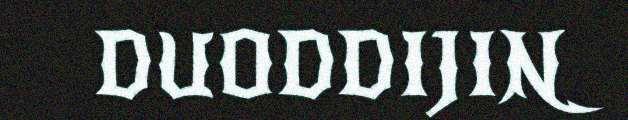
DUODDIJIN